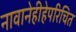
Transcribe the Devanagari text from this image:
नावानेहीहेपरिचित